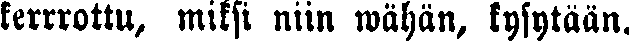
kerrrottu, miksi niin wähän, kysytään.